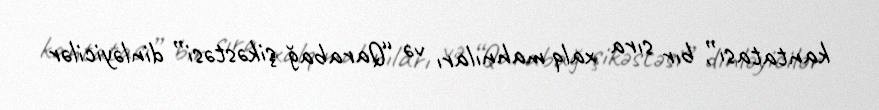
kantatası”, bır sıra xalq mahnıları və “Qarabağ şikəstəsi” dinləyicilər